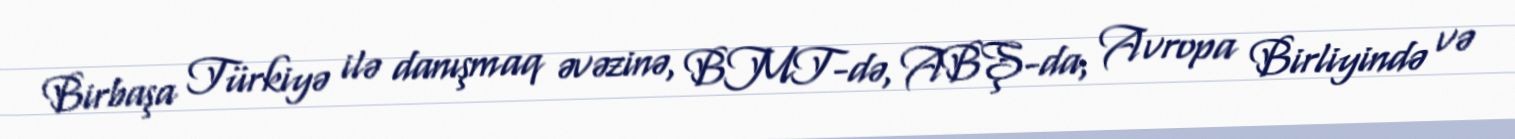
Birbaşa Türkiyə ilə danışmaq əvəzinə, BMT-də, ABŞ-da, Avropa Birliyində və